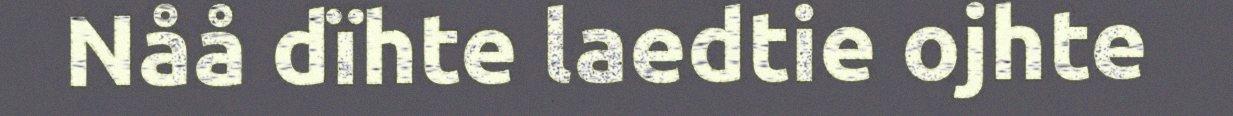
Nåå dïhte laedtie ojhte